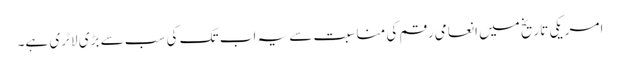
امریکی تاریخ میں انعامی رقم کی مناسبت سے یہ اب تک کی سب سے بڑی لاٹری ہے۔